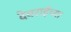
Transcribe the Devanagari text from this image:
देवराईच्या